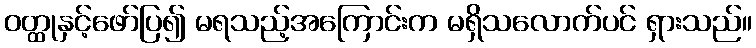
ဝတ္ထုနှင့်ဖော်ပြ၍ မရသည့်အကြောင်းက မရှိသလောက်ပင် ရှားသည်။